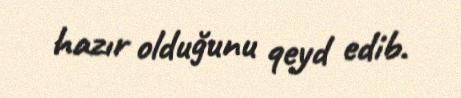
hazır olduğunu qeyd edib.